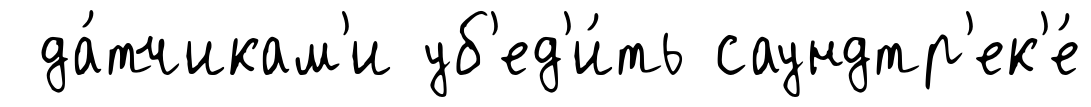
да́тчикам'и уб'ед'и́ть саундтр'ек'е́